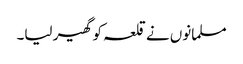
مسلمانوں نے قلعہ کو گھیر لیا۔